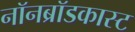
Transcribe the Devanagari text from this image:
नॉनब्रॉडकास्ट